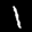
Label: 1